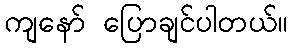
ကျနော် ပြောချင်ပါတယ်။